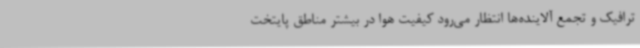
ترافیک و تجمع آلاینده‌ها انتظار می‌رود کیفیت هوا در بیشتر مناطق پایتخت